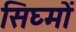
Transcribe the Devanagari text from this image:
सिघ्मों